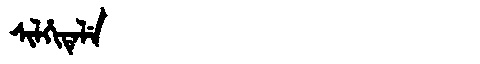
Manchu: ᠰᡳᠯᡥᡳᡨᡝᠯᡝ
Romanization: SILHITELE